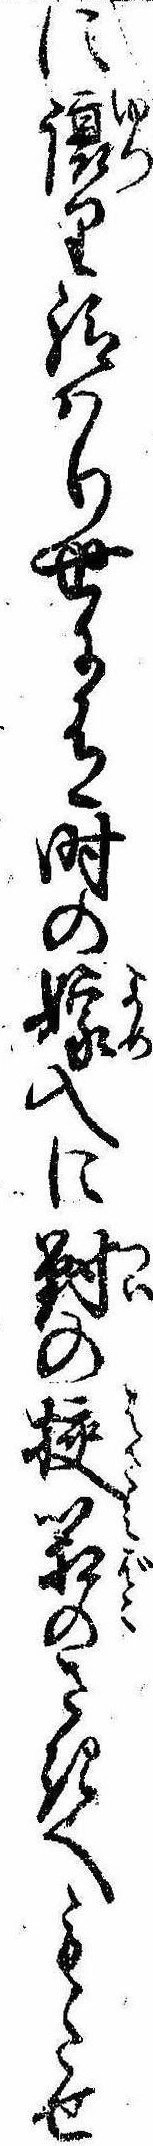
に譲り給はり世に有時の嫁入に対の挟箱のさきへもたせ